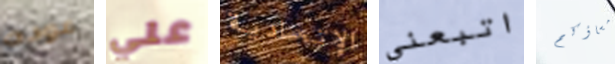
عوده علي الإتحادية اتبعني مساؤكم